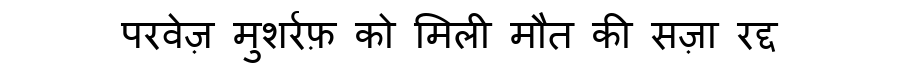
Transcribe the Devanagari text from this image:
परवेज़ मुशर्रफ़ को मिली मौत की सज़ा रद्द